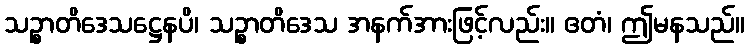
သဉ္စာတိဒေသဋ္ဌေနပိ၊ သဉ္စာတိဒေသ အနက်အားဖြင့်လည်း။ ဧတံ၊ ဤမနသည်။